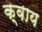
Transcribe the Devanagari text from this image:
क्वाय